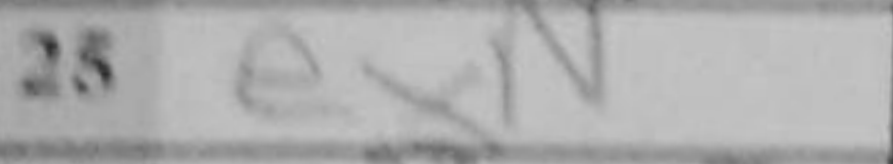
Transcription: exN